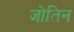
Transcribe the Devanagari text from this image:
जोतिन